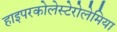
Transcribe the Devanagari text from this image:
हाइपरकोलेस्टेरोलेमिया